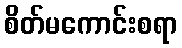
စိတ်မကောင်းစရာ